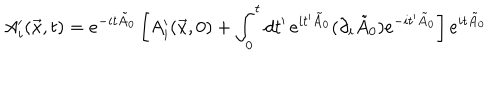
A _ { i } ^ { \prime } ( \vec { x } , t ) = e ^ { - i t \tilde { A } _ { 0 } } \left[ A _ { i } ^ { \prime } ( \vec { x } , 0 ) + \int _ { 0 } ^ { t } d t ^ { \prime } \, e ^ { i t ^ { \prime } \tilde { A } _ { 0 } } ( \partial _ { i } \tilde { A } _ { 0 } ) e ^ { - i t ^ { \prime } \tilde { A } _ { 0 } } \right] e ^ { i t \tilde { A } _ { 0 } }